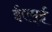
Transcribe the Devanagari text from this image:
ईएम्‌ई